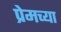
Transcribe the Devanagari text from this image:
प्रेमच्या